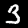
Label: 3